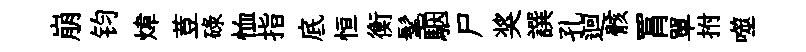
崩钧煒荳碌恤指底恒衡髦駰尸奖譔孔迴骸罥單拊噬